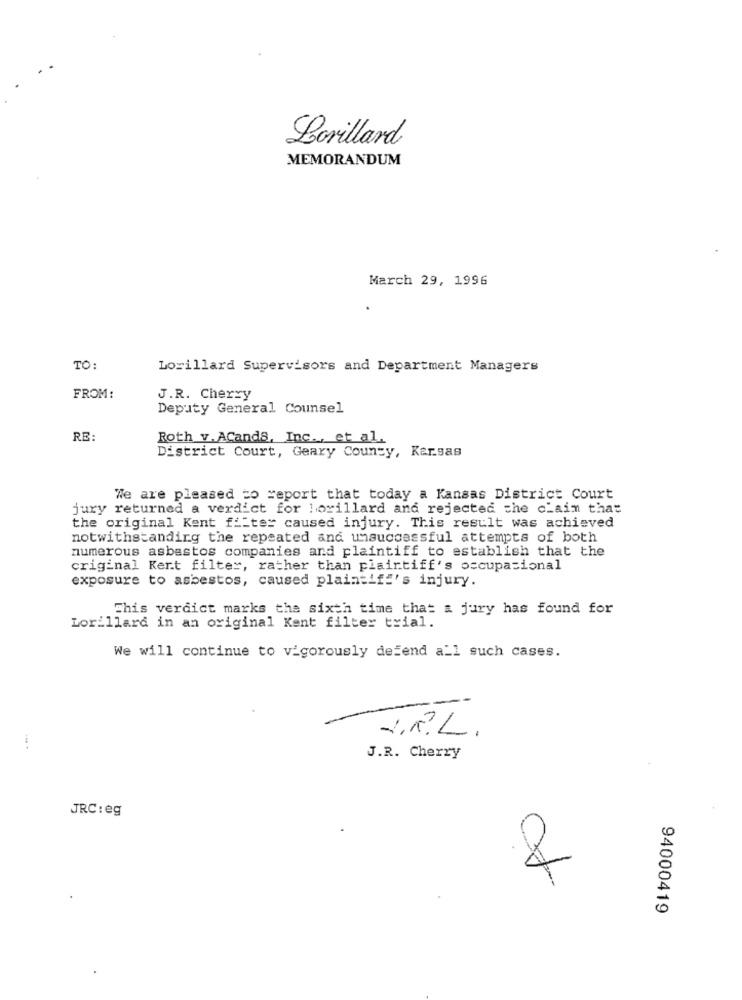
Lorillard
MEMORANDUM
March 29, 1996
TO:
Lorillard Supervisors and Department Managers
FROM:
J.R. Cherry
Deputy General Counsel
RE:
Roth v.ACands, Inc ., et al.
District Court, Geary County, Kar.sas
We are pleased to report that today a Kansas District Court
jury returned a verdict for horillard and rejected the claim that
the original Kent filter caused injury. This result was achieved
notwithstanding the repeated and unsuccessful attempts of both
numerous asbestos companies and plaintiff to establish that the
criginal Kert filter, rather than plaintiff's occupational
exposure to asbestos, caused plaintiff's injury.
This verdict marks the sixth time that & jury has found for
Lorillard in an original Kent filter trial.
We will continue to vigorously defend all such cases.
-
-
J.R. Cherry
JRC: eg
94000419